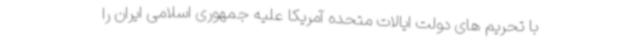
با تحریم های دولت ایالات متحده آمریکا علیه جمهوری اسلامی ایران را